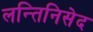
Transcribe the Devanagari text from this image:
लन्तिनिसेद